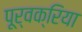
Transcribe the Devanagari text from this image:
पूर्वक्रिया